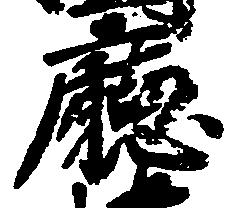
庁